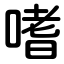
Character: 嗜